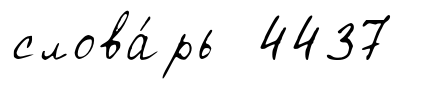
слова́рь 4437